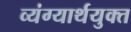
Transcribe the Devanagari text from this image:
व्यंग्यार्थयुक्त